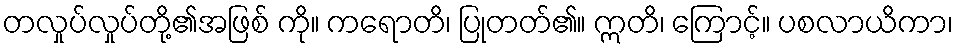
တလှုပ်လှုပ်တို့၏အဖြစ် ကို။ ကရောတိ၊ ပြုတတ်၏။ ဣတိ၊ ကြောင့်။ ပစလာယိကာ၊